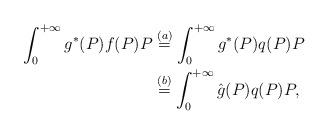
LaTeX: \begin{align*}\int_0^{+\infty} g^*(P) f(P) P & \overset{(a)}{=} \int_0^{+\infty} g^*(P) q(P) P \\& \overset{(b)}{=} \int_0^{+\infty} \hat{g}(P) q(P) P,\end{align*}